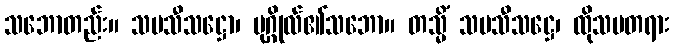
သဘောတည်း။ သမသီသဋ္ဌော၊ ပုဂ္ဂိုလ်၏သဘော။ တသ္မိံ သမသီသဋ္ဌေ၊ ထိုသမတရား